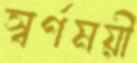
স্বর্ণময়ী